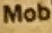
Mob